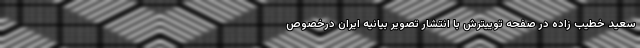
سعید خطیب زاده‌ در صفحه توییترش با انتشار تصویر بیانیه ایران درخصوص